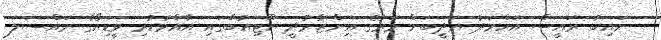
ނައިބު ރައީސް އަހްމަދު އަދީބަށް މަރުގެ އިންޒާރުދީ ޔޫޓިއުބްގައި އާއްމުކުރި ވީޑިއޯގެ މައްސަލަ